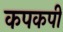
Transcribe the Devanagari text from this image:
कपकपी